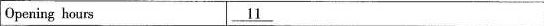
Opening hours ___